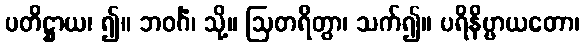
ပတိဋ္ဌာယ၊ ၍။ ဘဝင်္ဂံ၊ သို့။ ဩတရိတွာ၊ သက်၍။ ပရိနိဗ္ဗာယတော၊